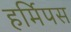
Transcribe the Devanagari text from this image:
हर्मिपस